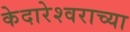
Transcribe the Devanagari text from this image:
केदारेश्वराच्या